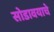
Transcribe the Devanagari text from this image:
सोडावयाचे